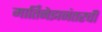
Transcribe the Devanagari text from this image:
मार्तिनेझनंतरची